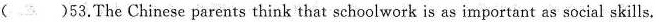
( )53.The Chinese parents think that schoolwork is as important as social skills.